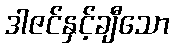
ဒါဇင်နှင့်ချီသော